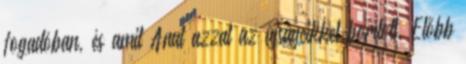
fogadóban, és amit Anat azzal az újságcikkel borított. Előbb